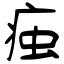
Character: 痋